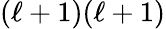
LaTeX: (\ell+1)(\ell+1)